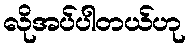
လိုအပ်ပါတယ်ဟု